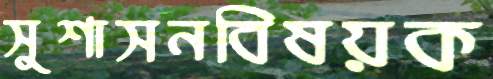
সুশাসনবিষয়ক